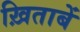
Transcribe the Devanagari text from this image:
ख़िताबें